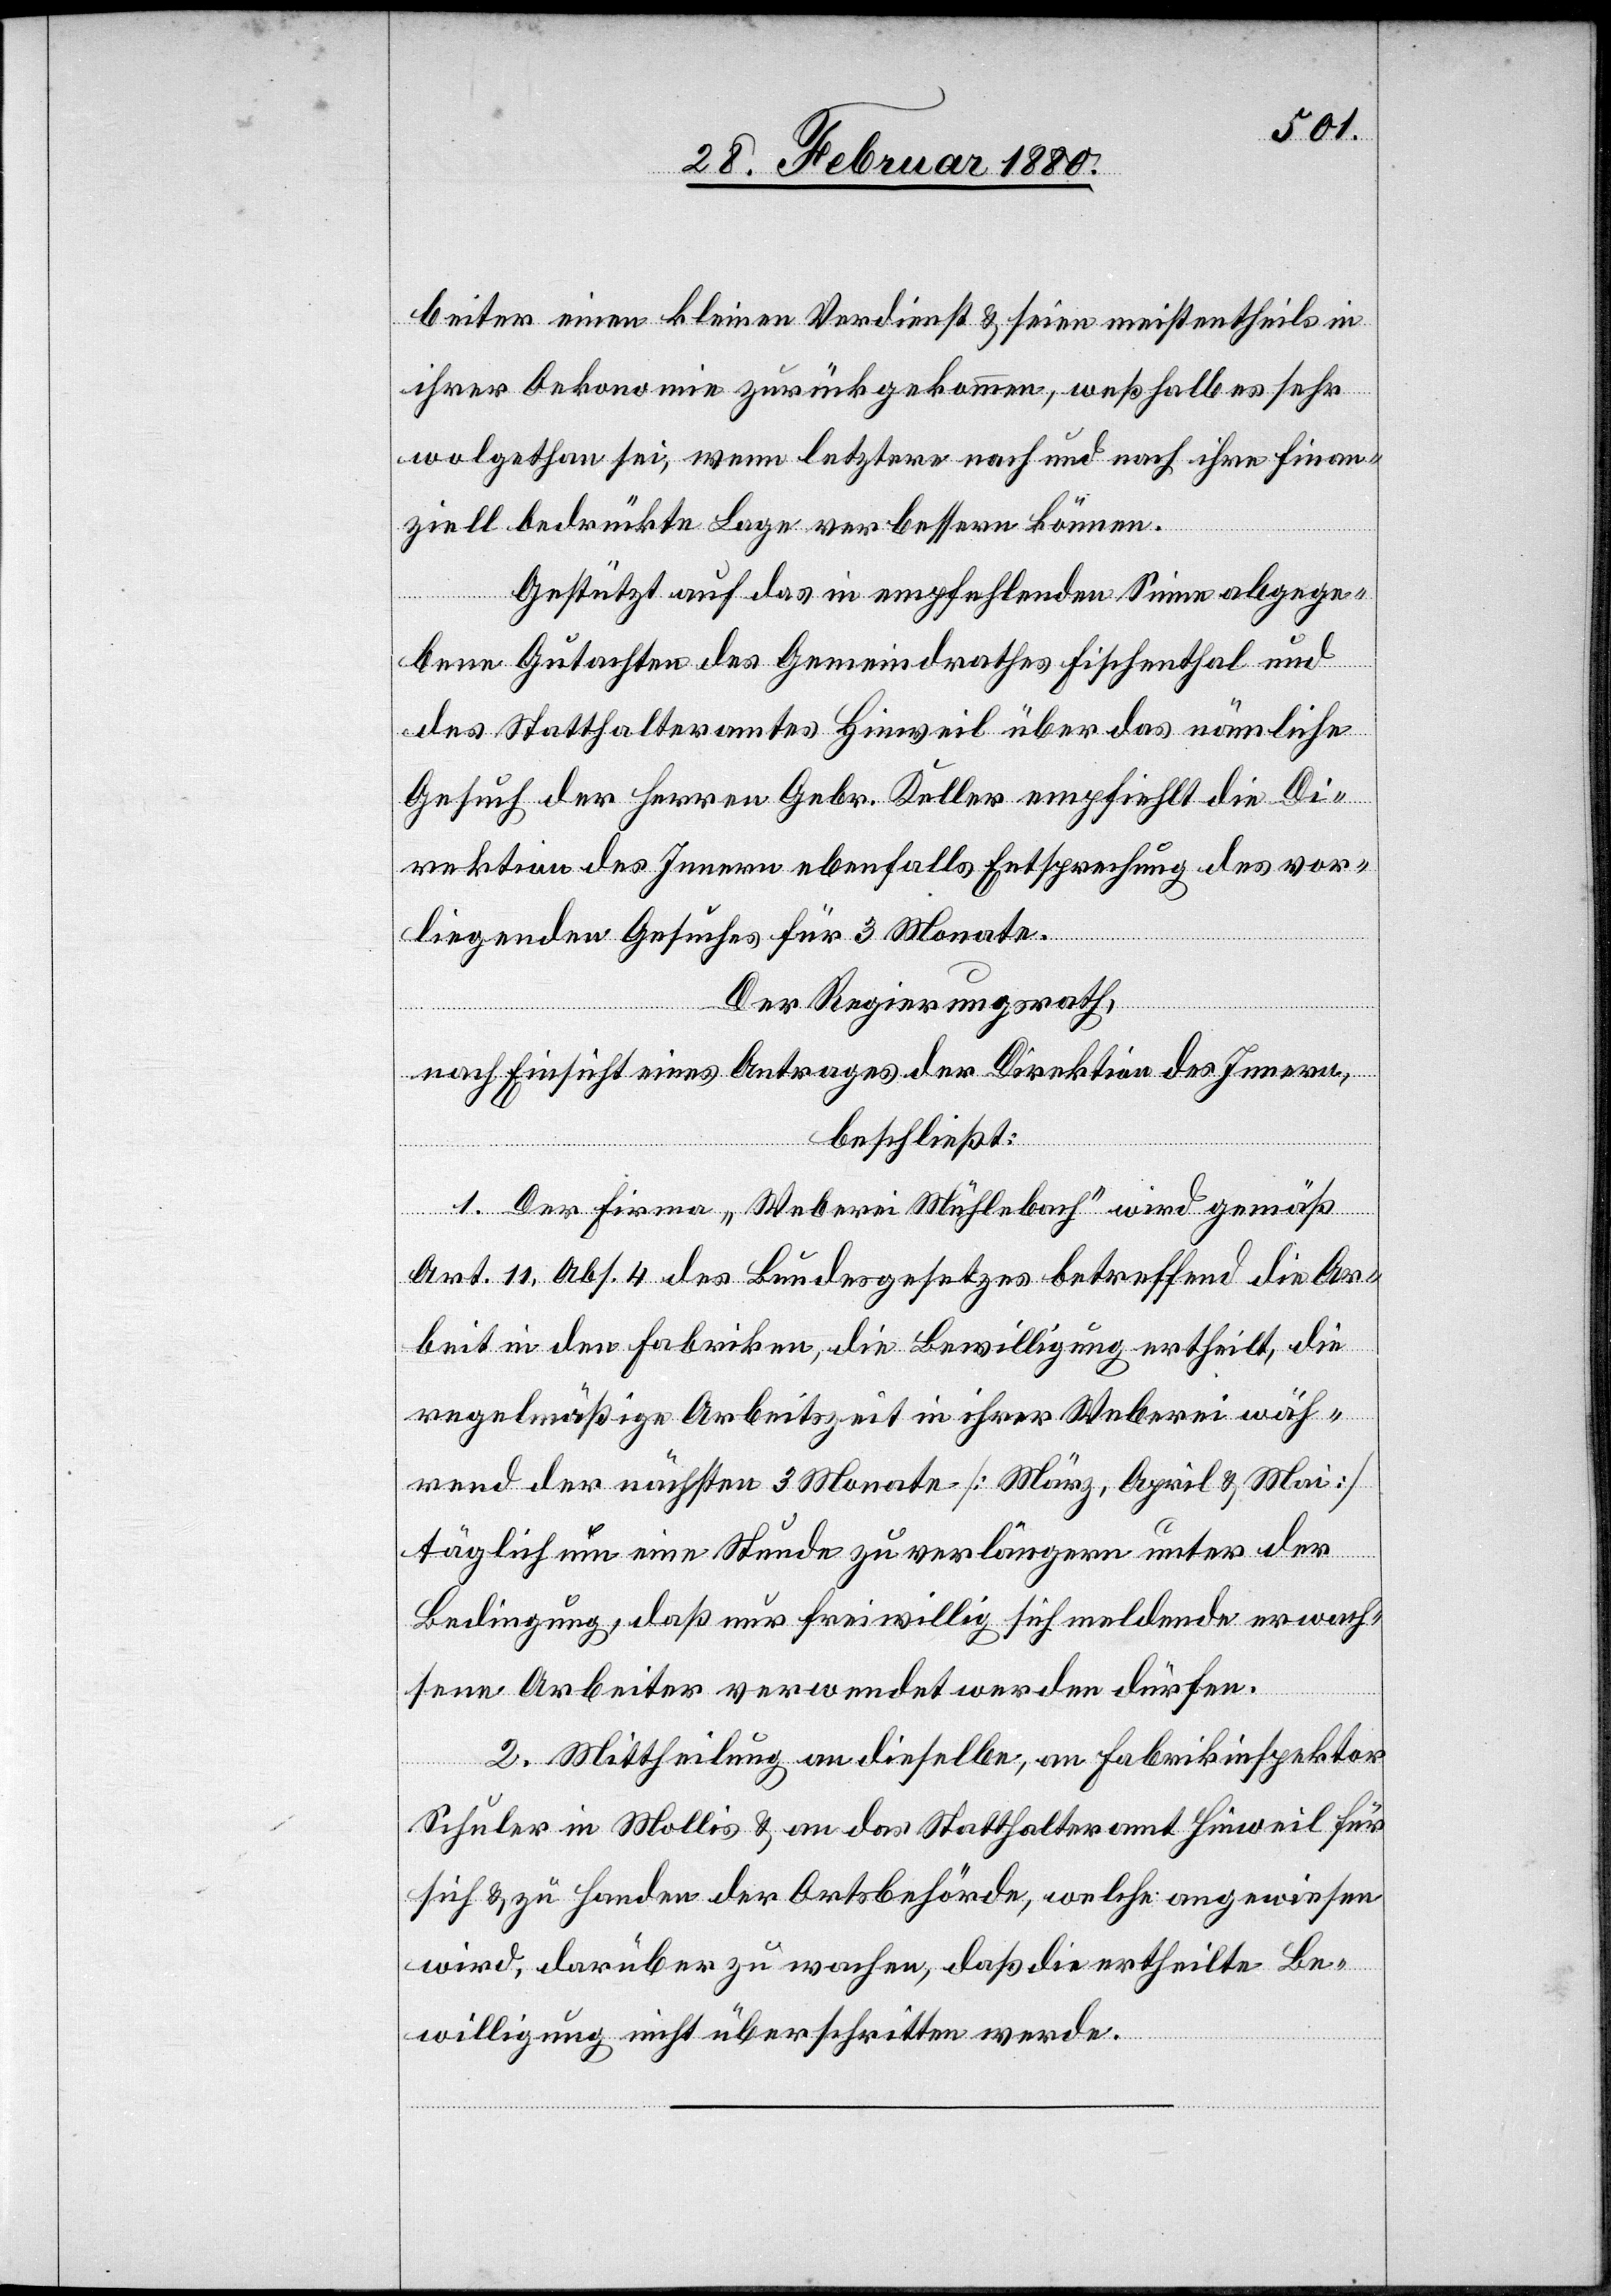
beiter einen kleinen Verdienst & seien meistentheils in
ihrer Oekonomie zurückgekommen, weßhalb er sehr
wolgethan sei, wenn letztere nach und nach ihre finan¬
ziell bedrückte Lage verbessern können.
Gestützt auf das in empfehlendem Sinne abgege¬
bene Gutachten des Gemeindrathes Fischenthal und
des Statthalteramtes Hinweil über das nämliche
Gesuch der Herren Gebr. Keller empfiehlt die Di¬
rektion des Innern ebenfalls Entsprechung des vor¬
liegenden Gesuches für 3 Monate.
Der Regierungsrath,
nach Einsicht eines Antrages der Direktion des Innern,
beschließt:
1. Der Firma „Weberei Mühlebach“ wird gemäß
Art. 11, Abs. 4 des Bundesgesetzes betreffend die Ar¬
beit in den Fabriken die Bewilligung ertheilt, die
regelmäßige Arbeitszeit in ihrer Weberei wäh¬
rend der nächsten 3 Monate [März, April & Mai]
täglich um eine Stunde zu verlängern unter der
Bedingung, daß nur freiwillig sich meldende erwach¬
sene Arbeiter verwendet werden dürfen.
2. Mittheilung an dieselbe, an Fabrikinspektor
Schuler in Mollis & an das Statthalteramt Hinweil für
sich & zu Handen der Ortsbehörde, welche angewiesen
wird, darüber zu wachen, daß die ertheilte Be¬
willigung nicht überschritten werde.